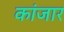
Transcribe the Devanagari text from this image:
कांजार